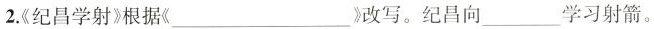
2.《纪昌学射)根据(___)改写。纪昌向____学习射箭。